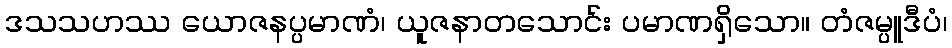
ဒသသဟဿ ယောဇနပ္ပမာဏံ၊ ယူဇနာတသောင်း ပမာဏရှိသော။ တံဇမ္ပူဒီပံ၊